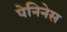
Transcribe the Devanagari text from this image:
पेनिनेस